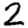
Digit: 2